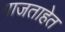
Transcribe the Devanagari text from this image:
गाजताहेत